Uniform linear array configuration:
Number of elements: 8
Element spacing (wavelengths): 1
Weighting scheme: cosine
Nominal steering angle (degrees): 45
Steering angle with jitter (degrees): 45.185
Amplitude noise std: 0.05
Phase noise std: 0.05

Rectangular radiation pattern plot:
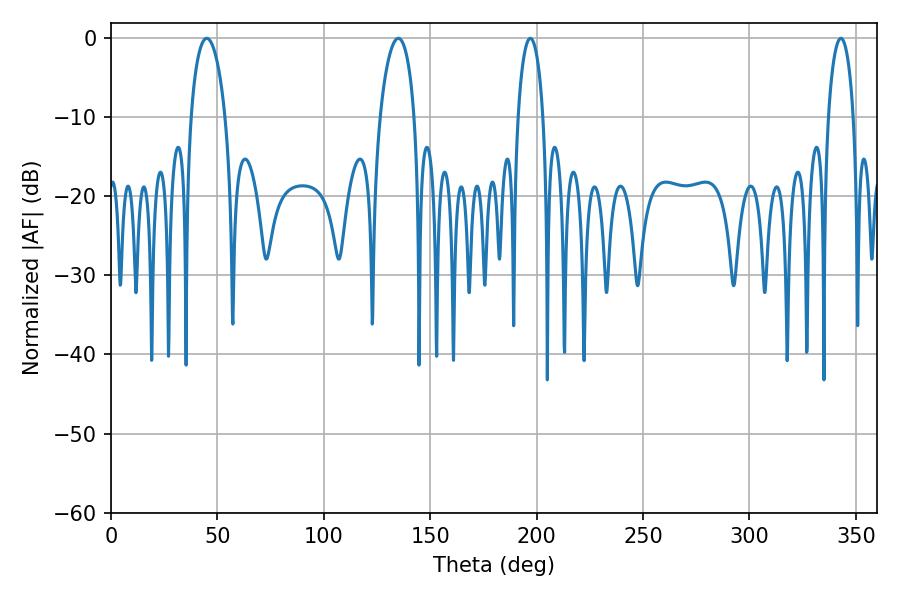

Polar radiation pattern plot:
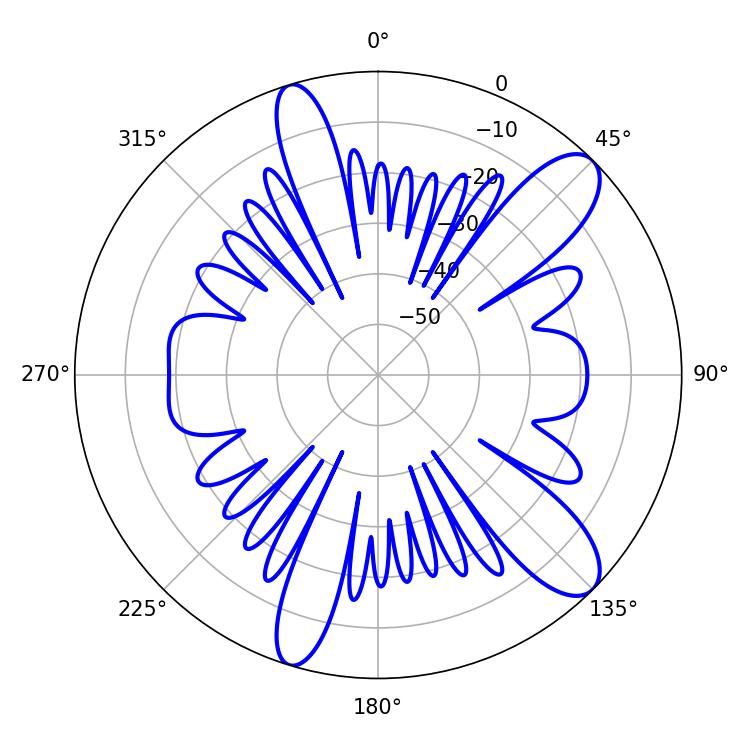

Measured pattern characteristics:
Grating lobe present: TRUE
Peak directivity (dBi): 10.832
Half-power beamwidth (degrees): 9.36
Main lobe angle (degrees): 45